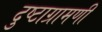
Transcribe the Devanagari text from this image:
दुष्टाग्रामणी